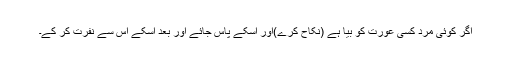
اگر کوئی مرد کسی عورت کو بیا ہے (نکاح کرے)اور اُسکے پاس جائے اور بعد اُسکے اُس سے نفرت کر کے۔